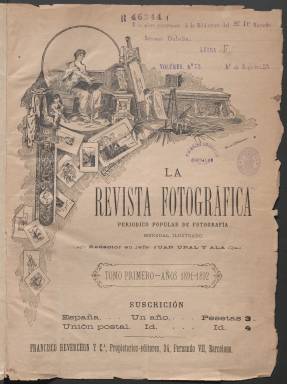
Título: La Revista fotográfica
Colección: Fotografía
Ámbito geográfico: Barcelona
Lugar de publicación: Barcelona
Fechas: 01/07/1891-30/06/1894